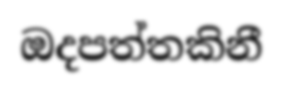
ඔදපත්තකිනී